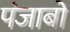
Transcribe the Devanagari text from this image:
पंजाबों